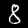
Digit: 8